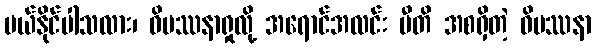
ပယ်နိုင်ပါသလား၊ ဝိပဿနာရှုလို့ အရောင်အလင်း ပီတိ အစရှိတဲ့ ဝိပဿနာ